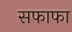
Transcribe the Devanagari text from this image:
सफाफा